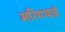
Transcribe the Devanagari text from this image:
मरियथाई